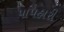
પાપહારી